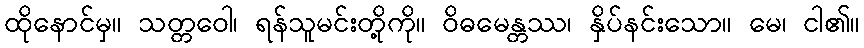
ထိုနောင်မှ။ သတ္တဝေါ၊ ရန်သူမင်းတို့ကို။ ဝိဓမေန္တဿ၊ နှိပ်နင်းသော။ မေ၊ ငါ၏။